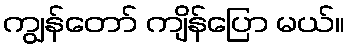
ကျွန်တော် ကျိန်ပြော မယ်။